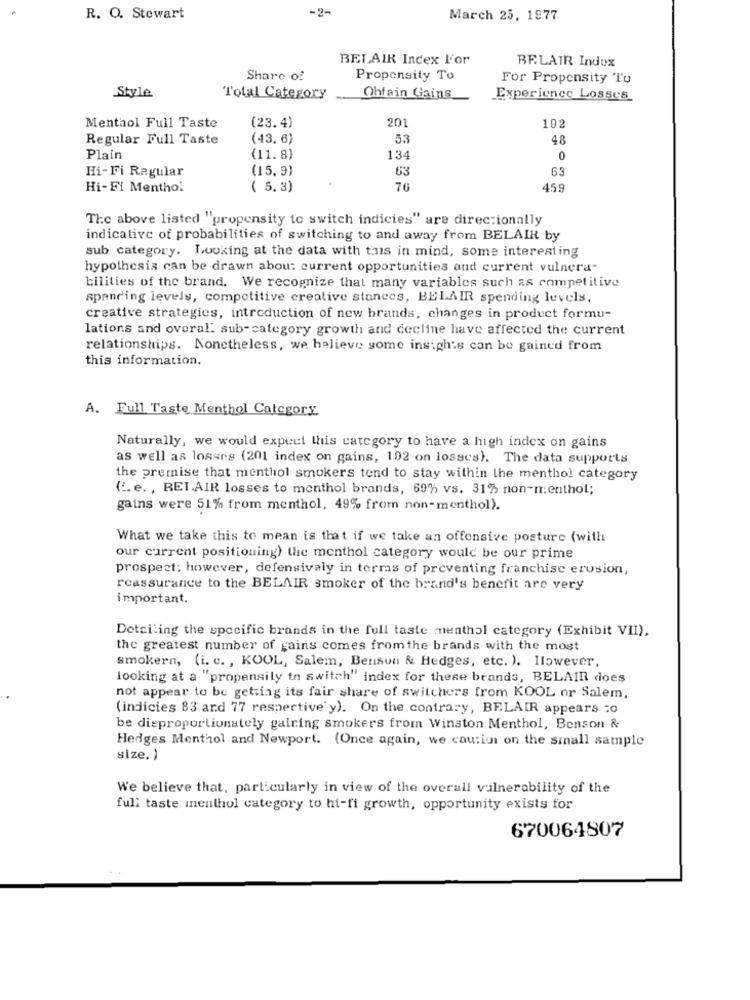
-2-
R. O. Stewart
March 25, 1977
BEL AIR Index l'or
BELAIR Indox
Share of
Propensity To
For Propensity To
Style
Total Category
Obtain Gains
Experience Losses
(23.4)
201
Menthol Full Taste
102
Regular Full Taste
(43.6)
53
48
Plain
(11. 8)
134
0
Hi-Fi Regular
(15.9)
63
63
Hi-Fi Menthol
( 5. 3)
76
459
The above listed "propensity to switch indicies" are direc:ionally
indicative of probabilities of switching to and away from BELAIR by
sub category. Looking at the data with this in mind, some interesting
hypothesis can be drawn about current opportunities and current vulnera-
bilities of the brand. We recognize that many variables such as competitive
spending levels, competitive creative stances, BELAIR spending levels,
creative strategies, introduction of new brands, changes in product formu-
lations and overal. sub- category growth and decline have affected the current
relationships. Nonetheless, we halieve some insights can be gained from
this information.
A. Full Taste Menthol Category
Naturally, we would expect this category to have a high index on gains
as well as losans (201 index on gains, 192 on losses). The data supports
the premise that menthol smokers tend to stay within the menthol category
(I. e. , BEI AIR losses to menthol brands, 69% vs. 31% non-menthol;
gains were 51% from menthol, 49% from non- menthol).
What we take this to mean is that if we take an offensive posture (with
our current positioning) the menthol category would be our prime
prospect; however, defensivaly in terms of preventing franchise erosion,
reassurance to the BELAIR smoker of the brand's benefit are very
important.
Detailing the specific brands in the full taste menthol category (Exhibit VII),
the greatest number of gains comes fromthe brands with the most
smokern, (i. c. , KOOL, Salem, Bensun & Hedges, etc. ). Ilowever,
looking at a "propensily to switch" index for these brands, BELAIR does
not appear to be getting its fair share of switchers from KOOL or Salem,
(indicies 83 and 77 respective y). On the contrary, BELAIR appears to
be disproportionately gaining smokers from Winston Menthol, Benson &
Hedges Menthol and Newport. (Once again, we cautiun on the small sample
size. )
We believe that, particularly in view of the overall vulnerability of the
full taste menthol category to hi-fi growth, opportunity exists for
670064807